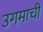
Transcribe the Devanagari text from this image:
उगमाची